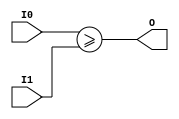
module coreir_sge8_wrapped (
    input [7:0] I0,
    input [7:0] I1,
    output O
);
assign O = ($signed(I0)) >= ($signed(I1));
endmodule